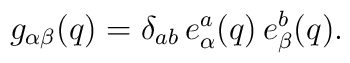
g_{\alpha \beta }(q)=\delta_{ab} \, e_\alpha ^a(q) \,e^b_\beta (q).